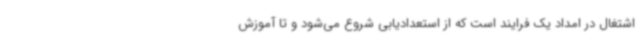
اشتغال در امداد یک فرایند است که از استعدادیابی شروع می‌شود و تا آموزش